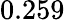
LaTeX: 0.259